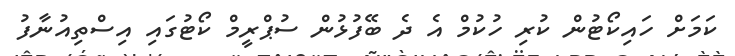
ކަމަށް ހައިކޯޓުން ކުރި ހުކުމް އެ ދެ ބޭފުޅުން ސުޕްރީމް ކޯޓުގައި އިސްތިއުނާފު